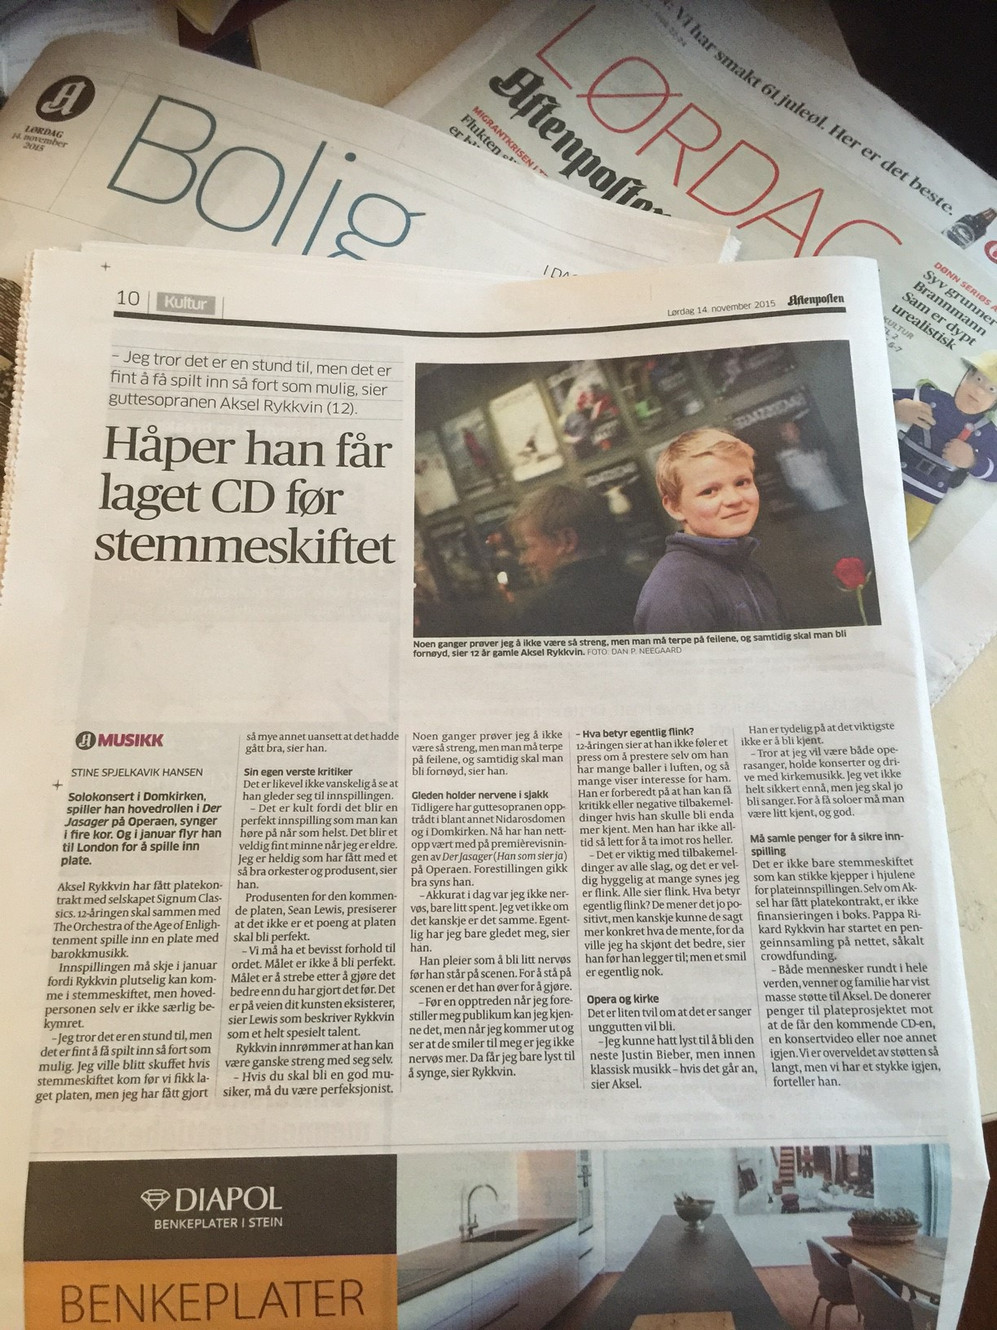
Language: no